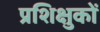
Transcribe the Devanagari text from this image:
प्रशिक्षुकों